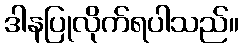
ဒါနပြုလိုက်ရပါသည်။